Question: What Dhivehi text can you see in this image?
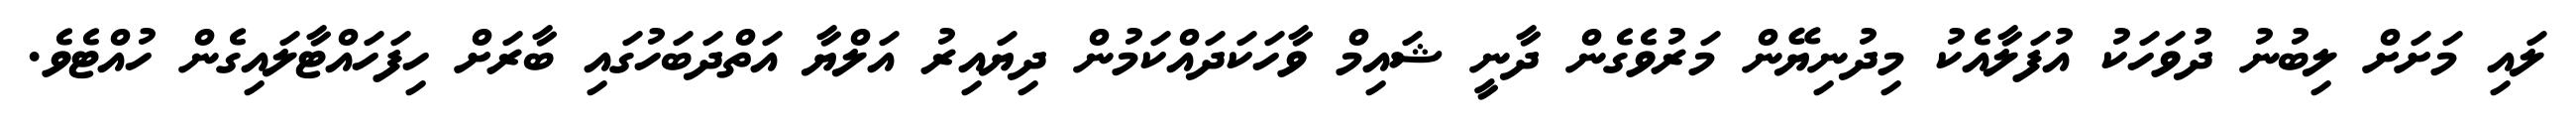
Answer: ލައި މަށަށް ލިބުނު ދުވަހަކު އުފަލާއެކު މިދުނިޔޭން މަރުވެގެން ދާނީ ޝައިމް ވާހަކަދައްކަމުން ދިޔައިރު އަލްޔާ އަތްދަބަހުގައި ބާރަށް ހިފަހައްޓާލައިގެން ހުއްޓެވެ.